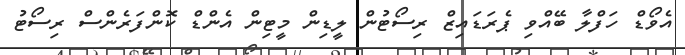
އެވޯޑް ހަފްލާ ބޭއްވި ޕެރަޑައިޒް ރިސޯޓުން ލީޑިން މީޓިން އެންޑް ކޮންފަރެންސް ރިސޯޓު